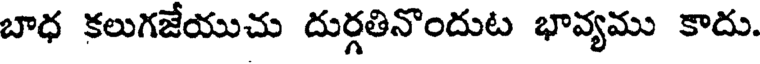
బాధ కలుగజేయుచు దుర్గతినొందుట భావ్యము కాదు.